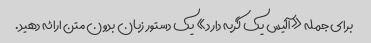
برای جمله «آلیس یک گربه دارد» یک دستور زبان بدون متن ارائه دهید.